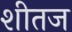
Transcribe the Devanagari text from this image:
शीतज